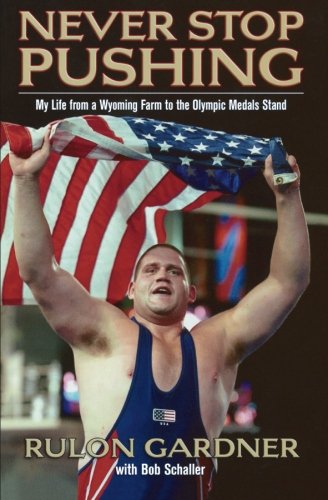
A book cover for Never Stop Pushing: My Life from a Wyoming Farm to the Olympic Medals Stand; Rulon Gardner; Sports & Outdoors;